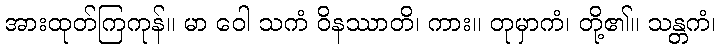
အားထုတ်ကြကုန်။ မာ ဝေါ သကံ ဝိနဿာတိ၊ ကား။ တုမှာကံ၊ တို့၏။ သန္တကံ၊